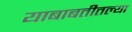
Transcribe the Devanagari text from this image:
याबाबतीतल्या